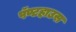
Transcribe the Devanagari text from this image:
पॅण्टहाउस